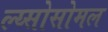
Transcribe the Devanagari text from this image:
ल्य्सोसोमल